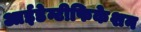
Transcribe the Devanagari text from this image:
आईडेन्टीफिकेशन